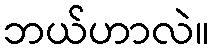
ဘယ်ဟာလဲ။